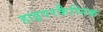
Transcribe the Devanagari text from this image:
हाइपरकैप्निक